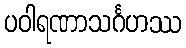
ပဝါရဏာသင်္ဂဟဿ